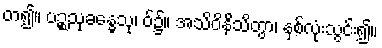
တ၍။ ပဉ္စသုခန္ဓေသု၊ ဝ်၌။ အသိဝိနိသိတွာ၊ နှစ်လုံးသွင်း၍။